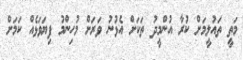
މަތީ ތައުލީމަށް ކުރާ އުންމީދު ތަކަށް އެޅުނު ވަރަށް މުހިންމު ފިޔަވަޅެއް ކަމަށް